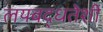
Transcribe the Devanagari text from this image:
लयबद्धतेशी